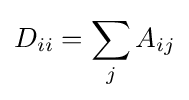
D_{ii}=\sum _{j}A_{ij}